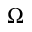
\Omega